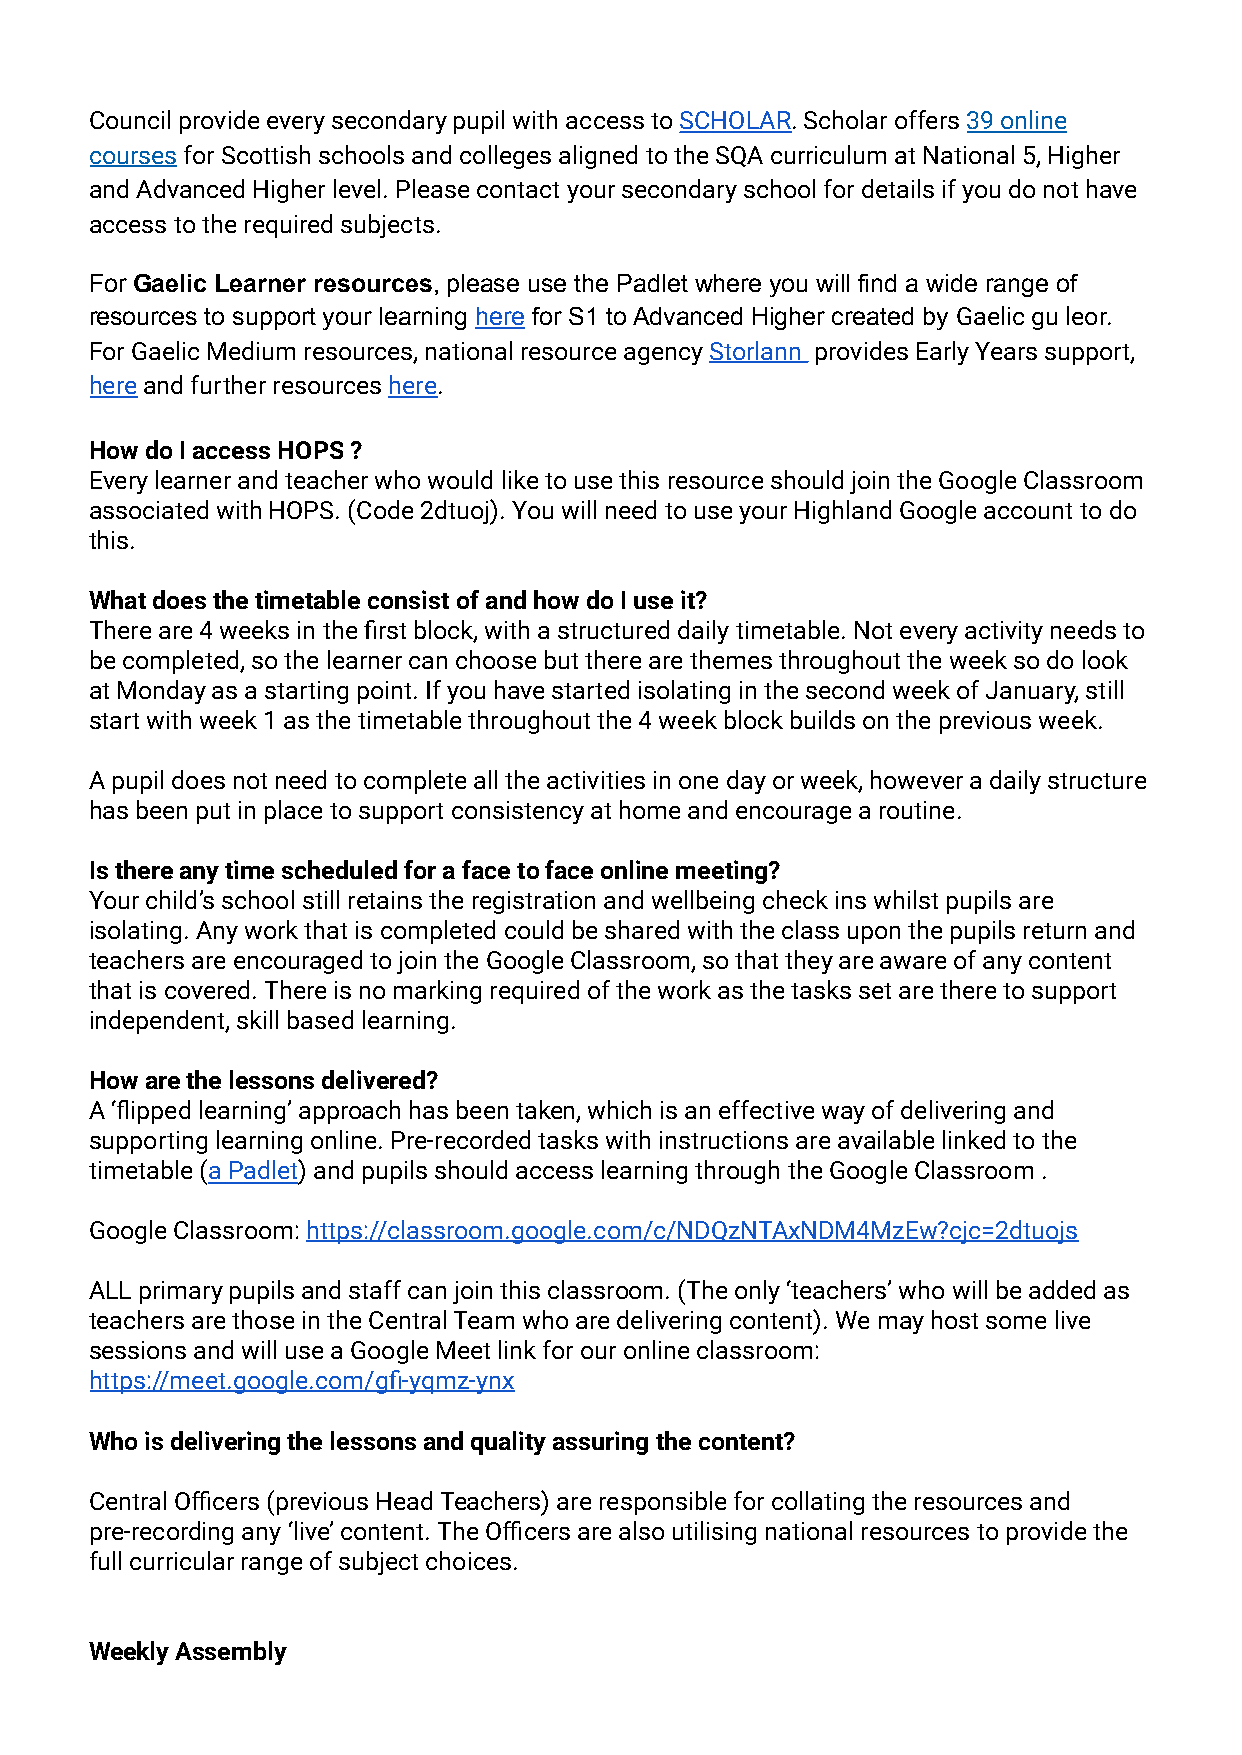
Council provide every secondary pupil with access toSCHOLAR. Scholar offers39 online
 coursesfor Scottish schools and colleges alignedto the SQA curriculum at National 5, Higher
 and Advanced Higher level. Please contact your secondary school for details if you do not have
 access to the required subjects.
 For Gaelic Learner resources, please use the Padlet where you will find a wide range of
 resources to support your learning here for S1 to Advanced Higher created by Gaelic gu leor.
 For Gaelic Medium resources, national resource agencyStorlann provides Early Years support,
 hereand further resourceshere.
 How do I access HOPS ?
 Every learner and teacher who would like to use this resource should join the Google Classroom
 associated with HOPS. (Code 2dtuoj). You will need to use your Highland Google account to do
 this.
 What does the timetable consist of and how do I use it?
 There are 4 weeks in the first block, with a structured daily timetable. Not every activity needs to
 be completed, so the learner can choose but there are themes throughout the week so do look
 at Monday as a starting point. If you have started isolating in the second week of January, still
 start with week 1 as the timetable throughout the 4 week block builds on the previous week.
 A pupil does not need to complete all the activities in one day or week, however a daily structure
 has been put in place to support consistency at home and encourage a routine.
 Is there any time scheduled for a face to face online meeting?
 Your child’s school still retains the registration and wellbeing check ins whilst pupils are
 isolating. Any work that is completed could be shared with the class upon the pupils return and
 teachers are encouraged to join the Google Classroom, so that they are aware of any content
 that is covered. There is no marking required of the work as the tasks set are there to support
 independent, skill based learning.
 How are the lessons delivered?
 A ‘flipped learning’ approach has been taken, which is an effective way of delivering and
 supporting learning online. Pre-recorded tasks with instructions are available linked to the
 timetable (a Padlet) and pupils should access learningthrough the Google Classroom .
 Google Classroom:https://classroom.google.com/c/NDQzNTAxNDM4MzEw?cjc=2dtuojs
 ALL primary pupils and staff can join this classroom. (The only ‘teachers’ who will be added as
 teachers are those in the Central Team who are delivering content). We may host some live
 sessions and will use a Google Meet link for our online classroom:
 https://meet.google.com/gfi-yqmz-ynx
 Who is delivering the lessons and quality assuring the content?
 Central Officers (previous Head Teachers) are responsible for collating the resources and
 pre-recording any ‘live’ content. The Officers are also utilising national resources to provide the
 full curricular range of subject choices.
 Weekly Assembly